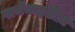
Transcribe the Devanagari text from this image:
पार्मेंनाइडीज़